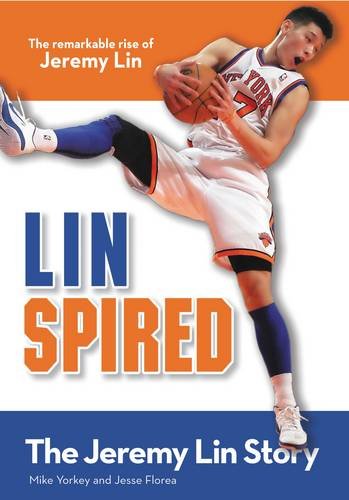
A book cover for Linspired, Kids Edition: The Jeremy Lin Story (ZonderKidz Biography); Mike Yorkey; Children's Books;